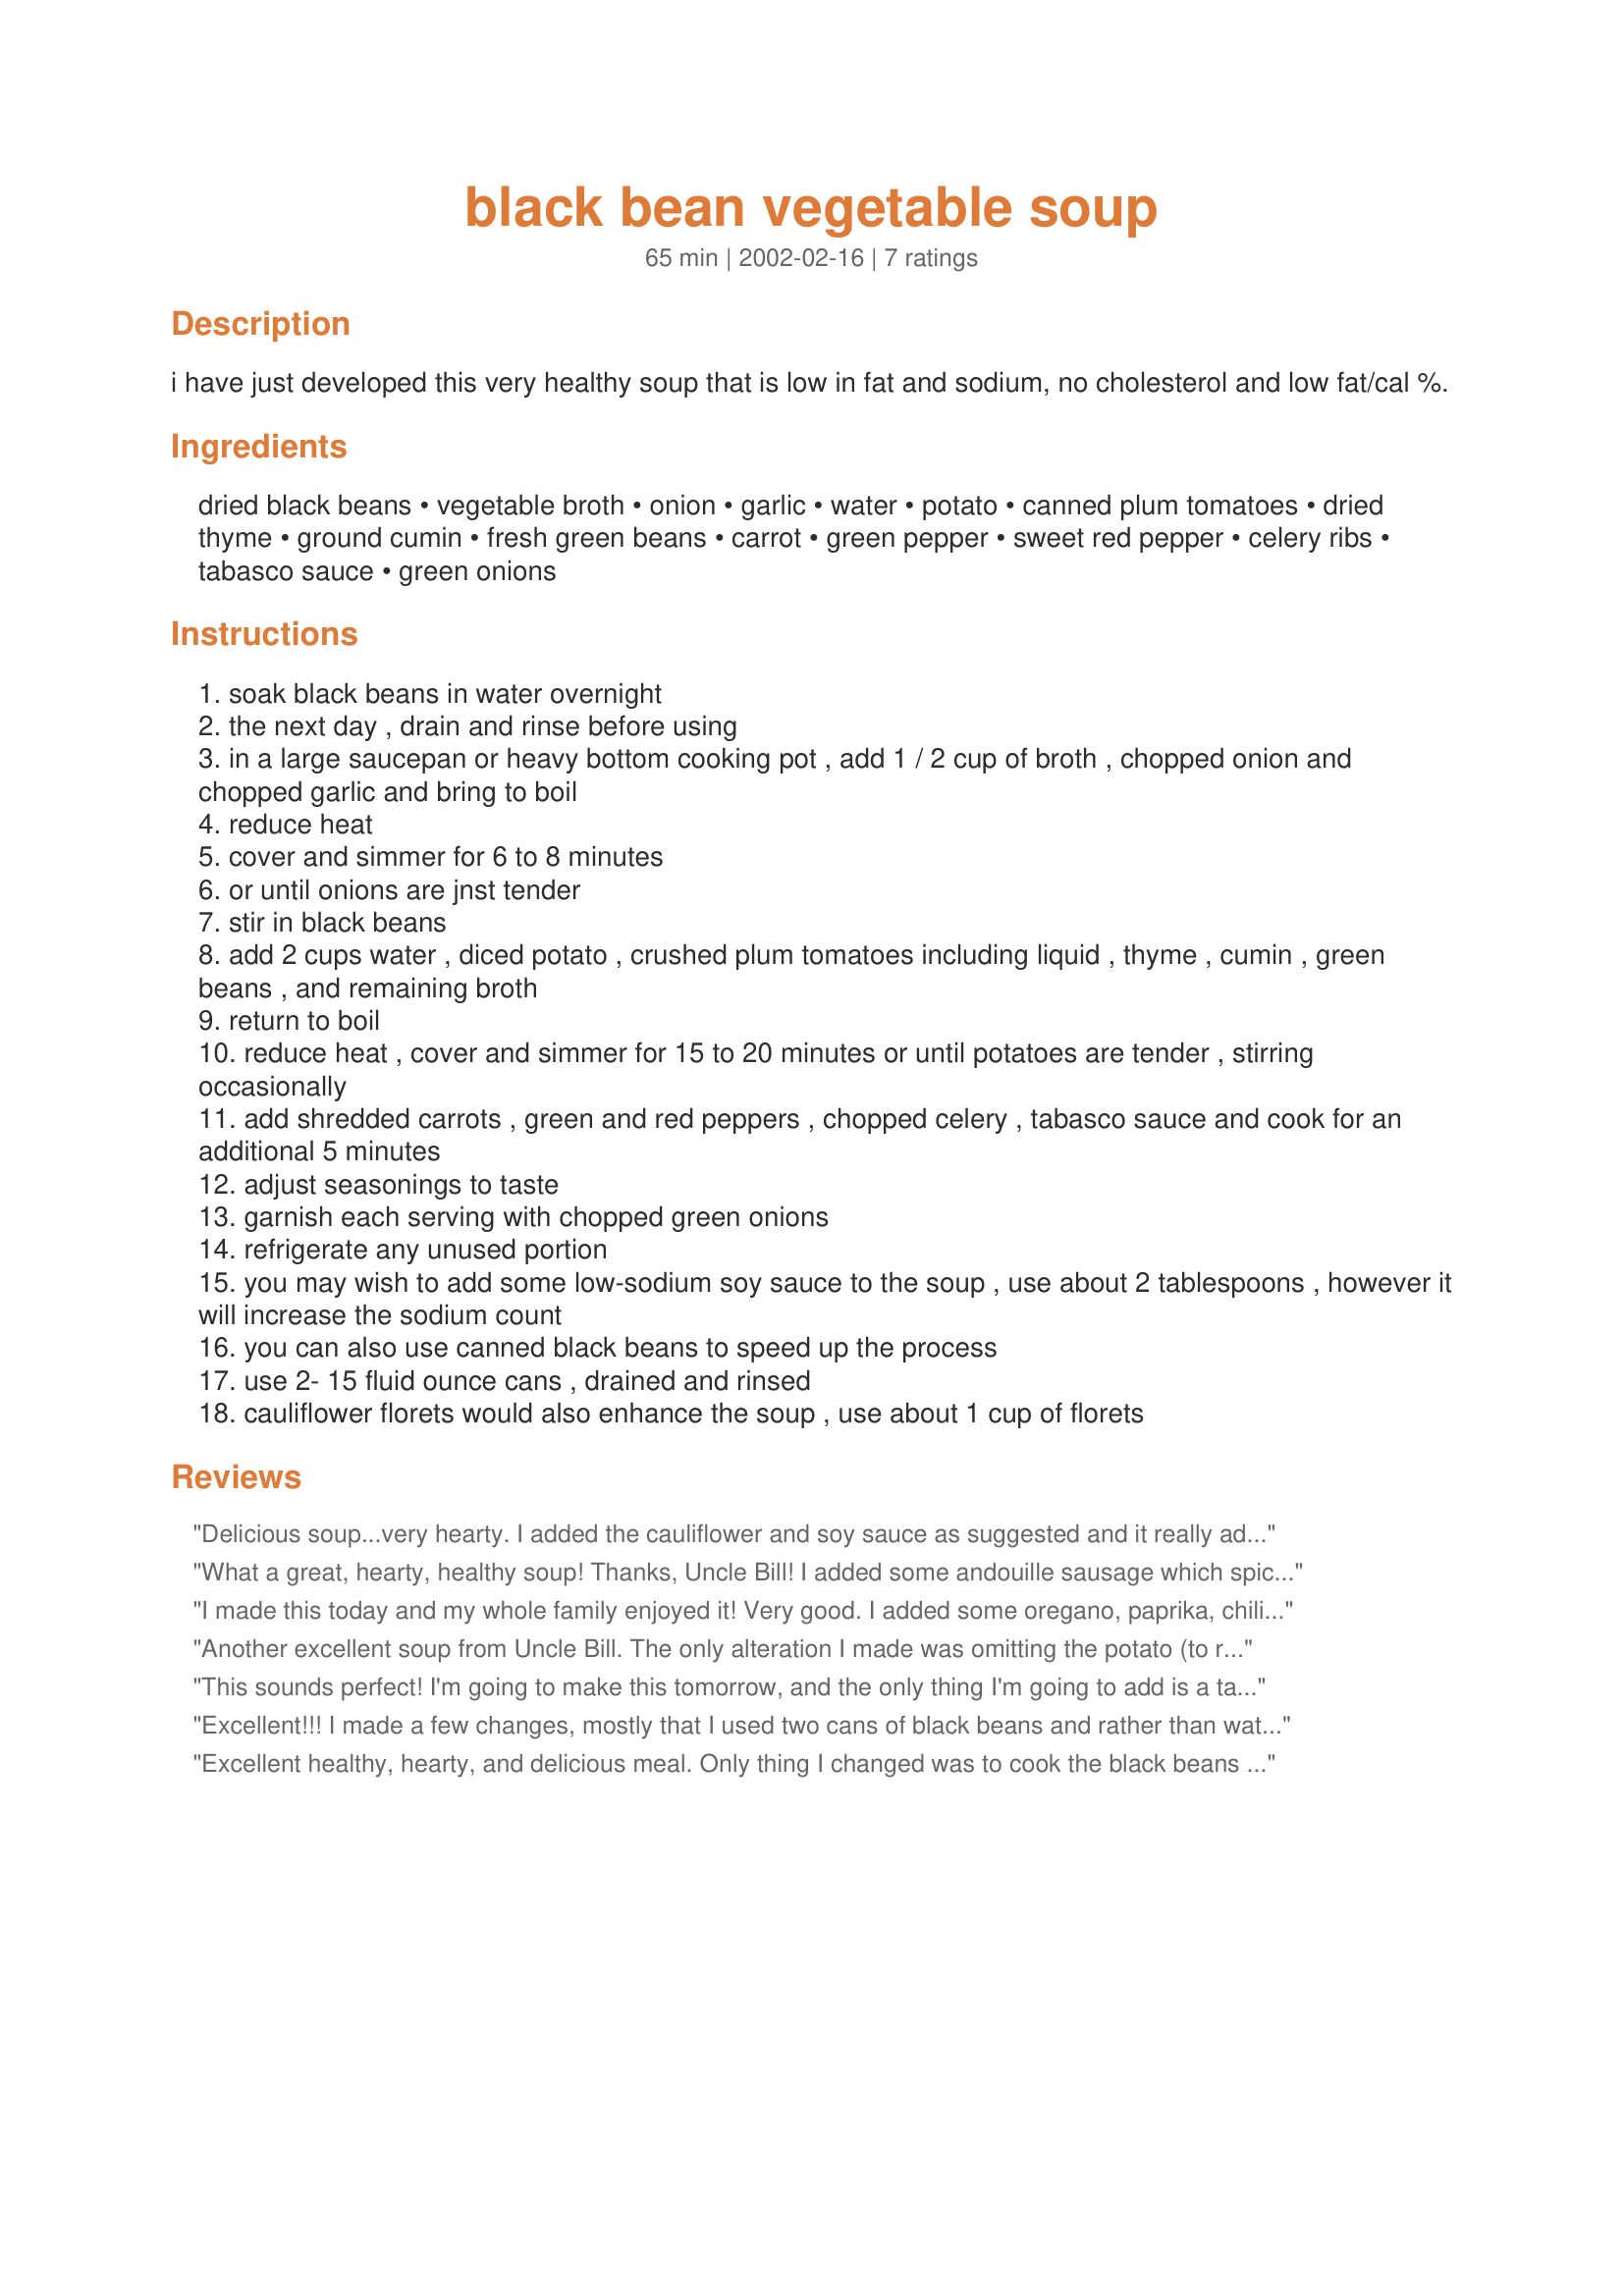
black bean vegetable soup
Preparation time: 65 minutes

i have just developed this very healthy soup that is low in fat and sodium, no cholesterol and low fat/cal %.

Ingredients:
dried black beans, vegetable broth, onion, garlic, water, potato, canned plum tomatoes, dried thyme, ground cumin, fresh green beans, carrot, green pepper, sweet red pepper, celery ribs, tabasco sauce, green onions

Steps:
soak black beans in water overnight
the next day , drain and rinse before using
in a large saucepan or heavy bottom cooking pot , add 1 / 2 cup of broth , chopped onion and chopped garlic and bring to boil
reduce heat
cover and simmer for 6 to 8 minutes
or until onions are jnst tender
stir in black beans
add 2 cups water , diced potato , crushed plum tomatoes including liquid , thyme , cumin , green beans , and remaining broth
return to boil
reduce heat , cover and simmer for 15 to 20 minutes or until potatoes are tender , stirring occasionally
add shredded carrots , green and red peppers , chopped celery , tabasco sauce and cook for an additional 5 minutes
adjust seasonings to taste
garnish each serving with chopped green onions
refrigerate any unused portion
you may wish to add some low-sodium soy sauce to the soup , use about 2 tablespoons , however it will increase the sodium count
you can also use canned black beans to speed up the process
use 2- 15 fluid ounce cans , drained and rinsed
cauliflower florets would also enhance the soup , use about 1 cup of florets

Reviews:
Delicious soup...very hearty. I added the cauliflower and soy sauce as suggested and it really adds to the flavor. A real hit with the whole family!
What a great, hearty, healthy soup! Thanks, Uncle Bill! I added some andouille sausage which spiced it up alittle more. This will be a favorite soup for supper and it's great reheated.Thanks, Carole in Orlando
I made this today and my whole family enjoyed it! Very good. I added some oregano, paprika, chili pepper and salt. This is a great tasting soup with a good dose of veggies.
Another excellent soup from Uncle Bill. The only alteration I made was omitting the potato (to reduce added carbs). The broth tastes so good without soy sauce, but when Uncle Bill adds a suggestion, I listen. Cautiously I added 1 Tb. soy sauce, and it does provide a more robust flavor. Another reviewer suggested adding sausage, which does sound tasty too--this recipe seems like it would lend itself well to whatever you'd like to throw in. Either way, it's a sure winner. We're so blessed that Bill shares his recipes with us.
This sounds perfect! I'm going to make this tomorrow, and the only thing I'm going to add is a tablespoon of fennel seeds. I just can't get enough of them lately, and I think it'll really help sweeten up the soup! Thanks for sharing this recipe.
Excellent!!! I made a few changes, mostly that I used two cans of black beans and rather than water I pureed about 1/4 to 1/3 of them with broth to make for a thicker soup. Also added a jalapeno rather than hot sauce. Otherwise, I followed the directions and will certainly be making this very tasty and filling soup again and again!
Excellent healthy, hearty, and delicious meal. Only thing I changed was to cook the black beans in the crock pot until nearly done before adding the other ingredients. Looking forward to freezing some leftovers for future quick reheating. Thanks for posting this recipe.
